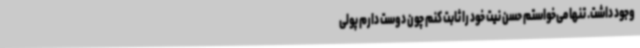
وجود داشت. تنها می‌خواستم حسن نیت خود را ثابت کنم چون‌ دوست دارم پولی